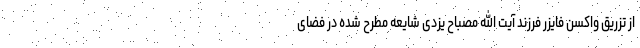
از تزریق واکسن فایزر فرزند آیت الله مصباح یزدی شایعه مطرح شده در فضای